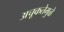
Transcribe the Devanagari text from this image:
अचूकतेमुळे